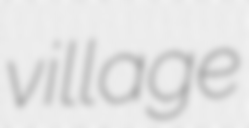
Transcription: village